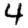
Digit: 4